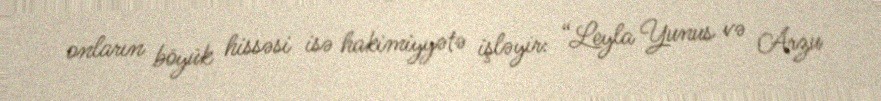
onların böyük hissəsi isə hakimiyyətə işləyir: “Leyla Yunus və Arzu